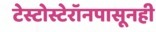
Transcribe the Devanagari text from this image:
टेस्टोस्टेरॉनपासूनही